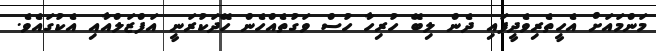
މަންމައަށް އެހީތެރިވެދީފައި ދެން ލިބޭ ހުރިހާ ހުސް ވަގުތެއްހެން ހޭދަކުރަނީ އަފްޒަލްއާއި އެކުގައެވެ.